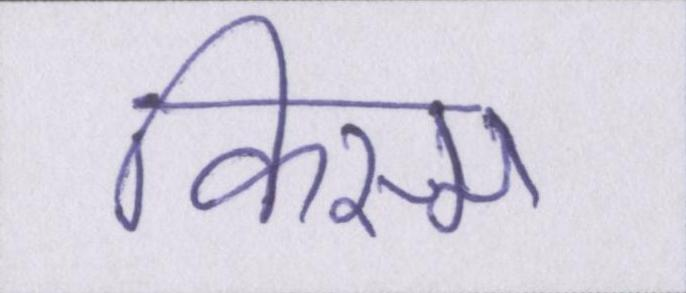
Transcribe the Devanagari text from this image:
किस्म